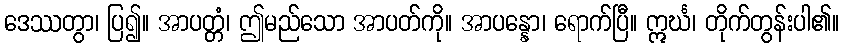
ဒေဿတွာ၊ ပြ၍။ အာပတ္တံ၊ ဤမည်သော အာပတ်ကို။ အာပန္နော၊ ရောက်ပြီ။ ဣင်္ဃ၊ တိုက်တွန်းပါ၏။